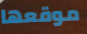
موقعها